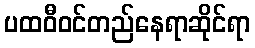
ပထဝီဝင်တည်နေရာဆိုင်ရာ